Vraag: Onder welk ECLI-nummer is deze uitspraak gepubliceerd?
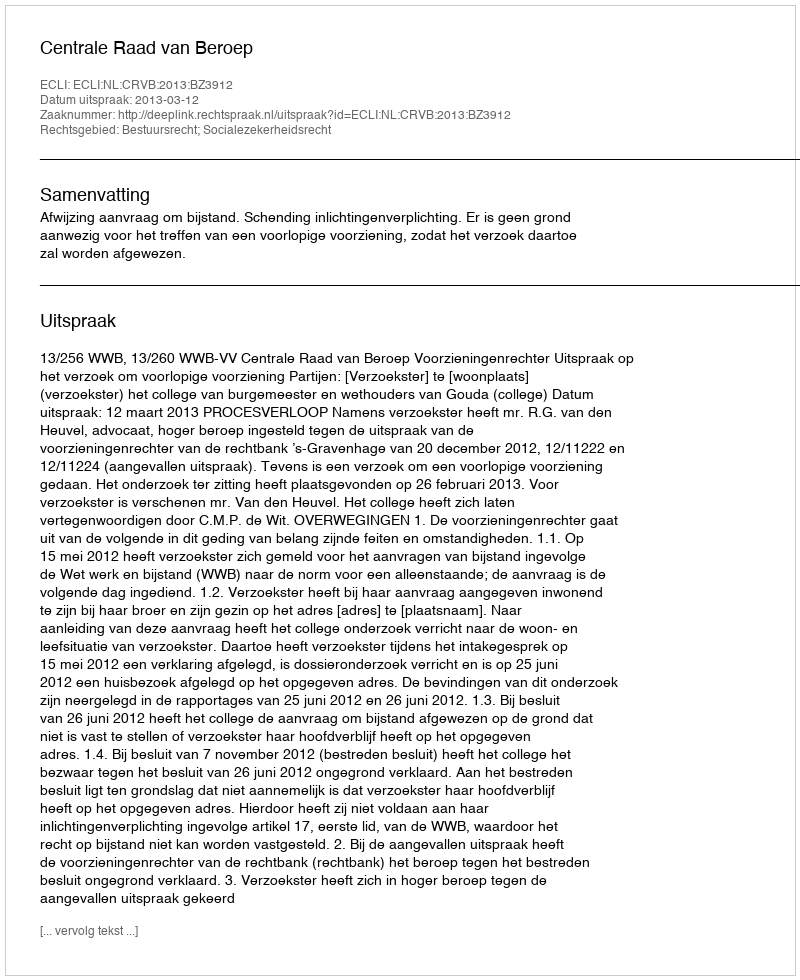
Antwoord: ECLI:NL:CRVB:2013:BZ3912